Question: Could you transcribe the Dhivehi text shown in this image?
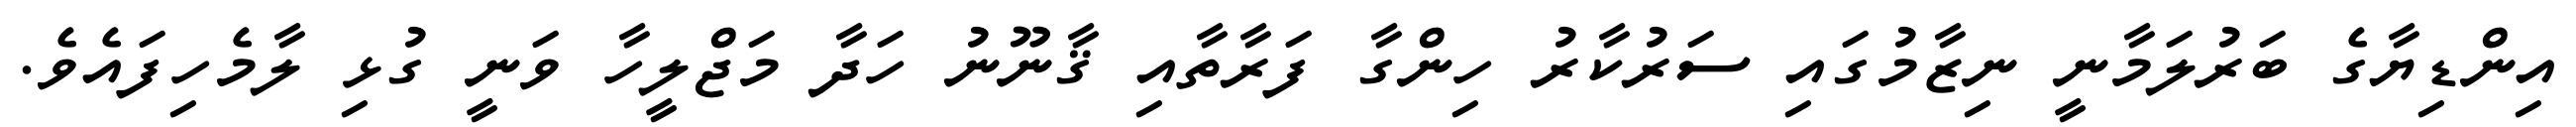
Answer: އިންޑިޔާގެ ބަރުލަމާނީ ނިޒާމުގައި ސަރުކާރު ހިންގާ ފަރާތާއި ޤާނޫނު ހަދާ މަޖްލީހާ ވަނީ ގުޅި ލާމެހިފައެވެ.